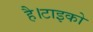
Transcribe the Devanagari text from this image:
है।टाइको